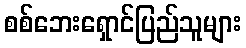
စစ်ဘေးရှောင်ပြည်သူများ